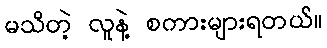
မသိတဲ့ လူနဲ့ စကားများရတယ်။